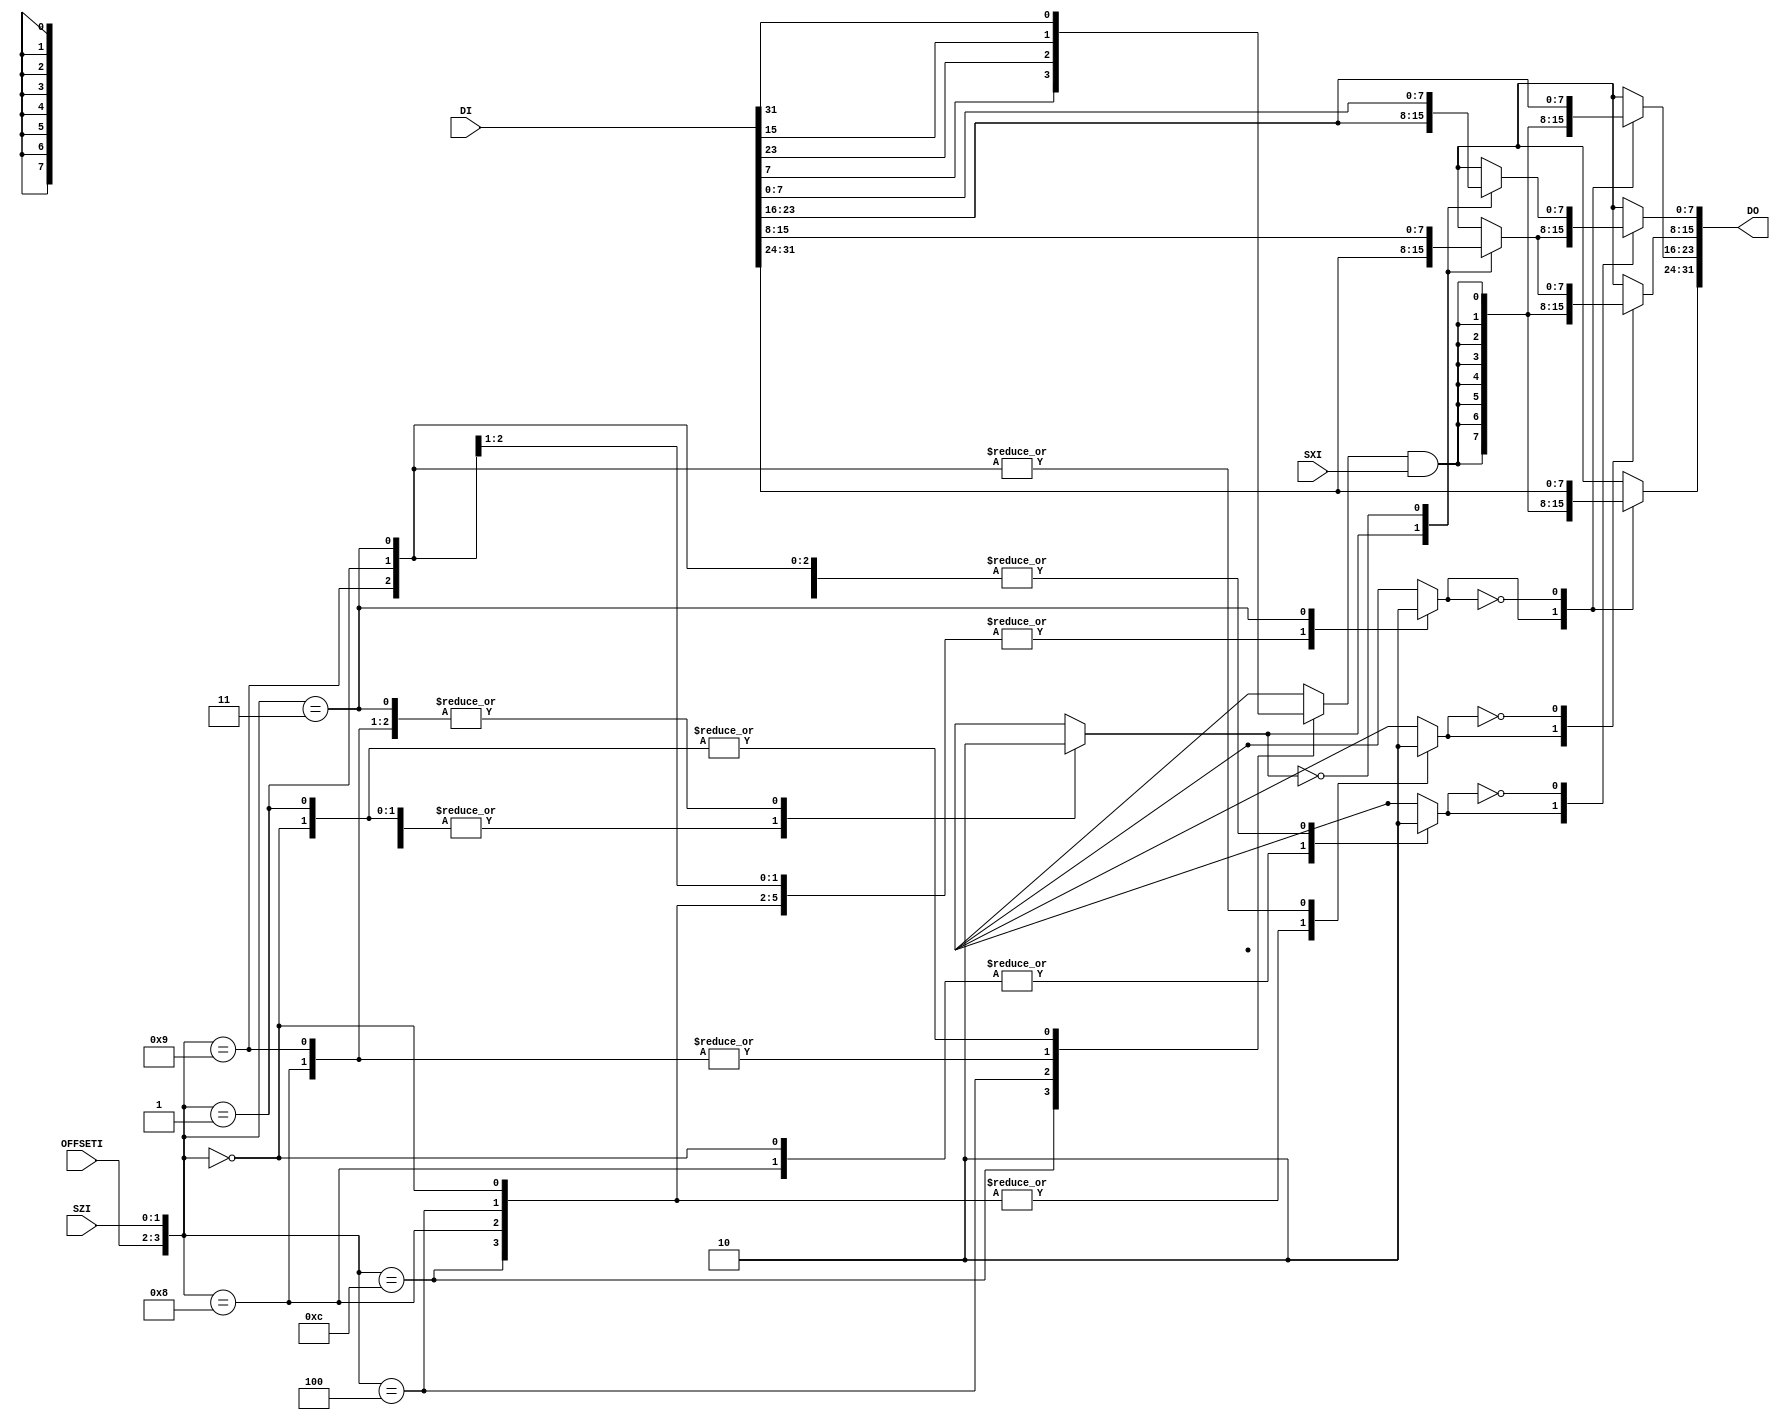





module lmi_lbc_align( 

DO, 

SXI, SZI, OFFSETI, DI 
); 

input SXI; 
input [1:0] SZI; 
input [1:0] OFFSETI; 
input [31:0] DI; 
output [31:0] DO; 







reg SGN; 
reg HFILL; 
reg HSHIFT; 
reg BFILL; 
reg BSHIFT; 




always @ (OFFSETI or SZI or DI) 
casex ({OFFSETI,SZI}) 

4'b1100: begin SGN = DI[7]; HFILL = 1'b1; HSHIFT = 1'b0; BFILL = 1'b1; BSHIFT = 1'b0; end 
4'b1000: begin SGN = DI[15]; HFILL = 1'b1; HSHIFT = 1'b0; BFILL = 1'b1; BSHIFT = 1'b1; end 
4'b0100: begin SGN = DI[23]; HFILL = 1'b1; HSHIFT = 1'b1; BFILL = 1'b1; BSHIFT = 1'b0; end 
4'b0000: begin SGN = DI[31]; HFILL = 1'b1; HSHIFT = 1'b1; BFILL = 1'b1; BSHIFT = 1'b1; end 
4'b1001: begin SGN = DI[15]; HFILL = 1'b1; HSHIFT = 1'b0; BFILL = 1'b0; BSHIFT = 1'b0; end 
4'b0001: begin SGN = DI[31]; HFILL = 1'b1; HSHIFT = 1'b1; BFILL = 1'b0; BSHIFT = 1'b0; end 
4'b0011: begin SGN = 1'bx; HFILL = 1'b0; HSHIFT = 1'b0; BFILL = 1'b0; BSHIFT = 1'b0; end 

4'b1101: begin SGN = 1'bx; HFILL = 1'bx; HSHIFT = 1'bx; BFILL = 1'bx; BSHIFT = 1'bx; end 
4'b0101: begin SGN = 1'bx; HFILL = 1'bx; HSHIFT = 1'bx; BFILL = 1'bx; BSHIFT = 1'bx; end 
4'b1110: begin SGN = 1'bx; HFILL = 1'bx; HSHIFT = 1'bx; BFILL = 1'bx; BSHIFT = 1'bx; end 
4'b1010: begin SGN = 1'bx; HFILL = 1'bx; HSHIFT = 1'bx; BFILL = 1'bx; BSHIFT = 1'bx; end 
4'b0110: begin SGN = 1'bx; HFILL = 1'bx; HSHIFT = 1'bx; BFILL = 1'bx; BSHIFT = 1'bx; end 
4'b0010: begin SGN = 1'bx; HFILL = 1'bx; HSHIFT = 1'bx; BFILL = 1'bx; BSHIFT = 1'bx; end 
4'b1111: begin SGN = 1'bx; HFILL = 1'bx; HSHIFT = 1'bx; BFILL = 1'bx; BSHIFT = 1'bx; end 
4'b1011: begin SGN = 1'bx; HFILL = 1'bx; HSHIFT = 1'bx; BFILL = 1'bx; BSHIFT = 1'bx; end 
4'b0111: begin SGN = 1'bx; HFILL = 1'bx; HSHIFT = 1'bx; BFILL = 1'bx; BSHIFT = 1'bx; end 

endcase 



wire SF3 = SGN & SXI; 
wire SF2 = SGN & SXI; 
wire SF1 = SGN & SXI; 





reg [7:0] DA3; 
reg [7:0] DA2; 
reg [7:0] DA1; 
reg [7:0] DA0; 

reg [7:0] DB1; 
reg [7:0] DB0; 

always @ (SF3 or SF2 or SF1 or HFILL or HSHIFT or BFILL or BSHIFT or DI) begin 

case (HFILL) 
1'b1: DA3 = {8{SF3}}; 
1'b0: DA3 = DI[31:24]; 
endcase 
case (HFILL) 
1'b1: DA2 = {8{SF2}}; 
1'b0: DA2 = DI[23:16]; 
endcase 
case (HSHIFT) 
1'b1: DA1 = DI[31:24]; 
1'b0: DA1 = DI[15: 8]; 
endcase 
case (HSHIFT) 
1'b1: DA0 = DI[23:16]; 
1'b0: DA0 = DI[ 7: 0]; 
endcase 

case (BFILL) 
1'b1: DB1 = {8{SF1}}; 
1'b0: DB1 = DA1; 
endcase 
case (BSHIFT) 
1'b1: DB0 = DA1; 
1'b0: DB0 = DA0; 
endcase 

end 

assign DO = { DA3, DA2, DB1, DB0 }; 

endmodule